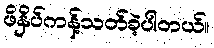
ဖိနှိပ်ကန့်သတ်ခဲ့ပါတယ်။